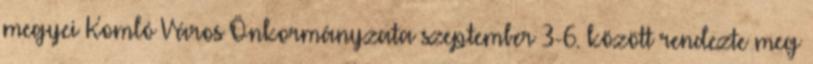
megyei Komló Város Önkormányzata szeptember 3-6. között rendezte meg